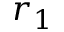
r _ { 1 }